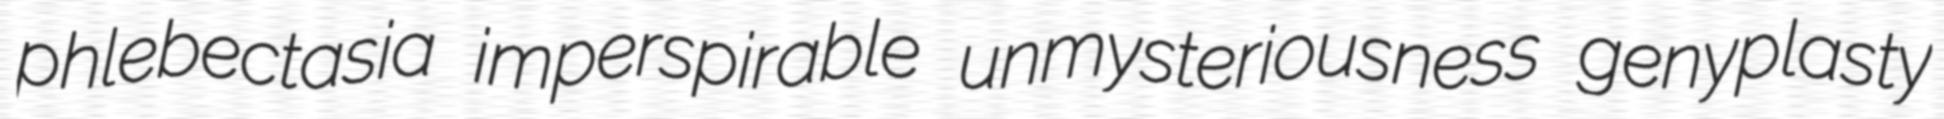
phlebectasia imperspirable unmysteriousness genyplasty